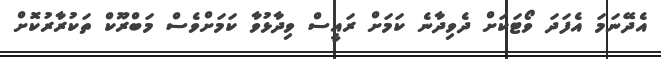
އެދޭނަމަ އެފަދަ ވޯޓަކަށް ދެވިދާނެ ކަމަށް ރައީސް ވިދާޅުވާ ކަމަށްވެސް މަބްރޫކް ތަކުރާރުކޮށް